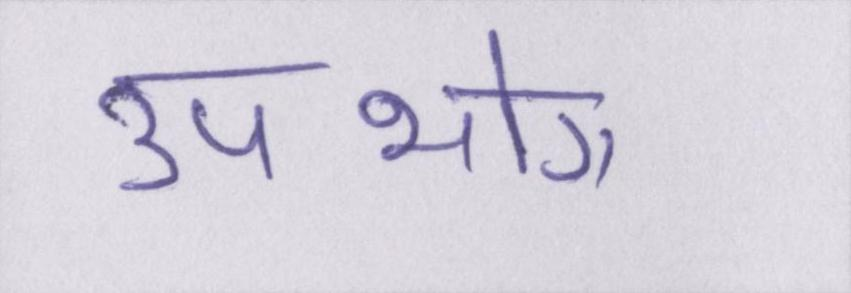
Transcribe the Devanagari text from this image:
उपभोग